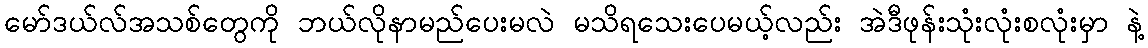
မော်ဒယ်လ်အသစ်တွေကို ဘယ်လိုနာမည်ပေးမလဲ မသိရသေးပေမယ့်လည်း အဲဒီဖုန်းသုံးလုံးစလုံးမှာ နဲ့